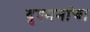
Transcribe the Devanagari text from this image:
दुश्मनांचा